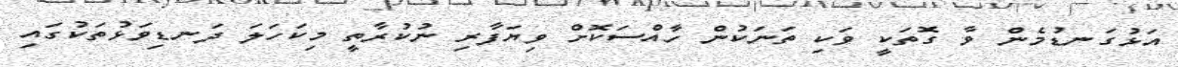
އަޅުގަނޑުމެން ވާ ގޮތަކީ ވަކި ތަނަކުން ހާއްސަކޮށް ވިޔަފާރި ނުކުރާތީ މިކަހަލަ ދަނޑިވަޅުތަކުގައި